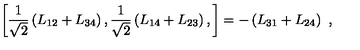
\left[ \frac { 1 } { \sqrt { 2 } } \left( L _ { 1 2 } + L _ { 3 4 } \right) , \frac { 1 } { \sqrt { 2 } } \left( L _ { 1 4 } + L _ { 2 3 } \right) , \right] = - \left( L _ { 3 1 } + L _ { 2 4 } \right) \ ,